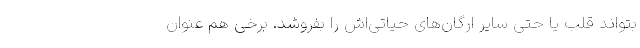
بتواند قلب یا حتی سایر ارگان‌های حیاتی‌اش را بفروشد. برخی هم عنوان